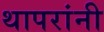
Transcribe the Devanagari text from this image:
थापरांनी